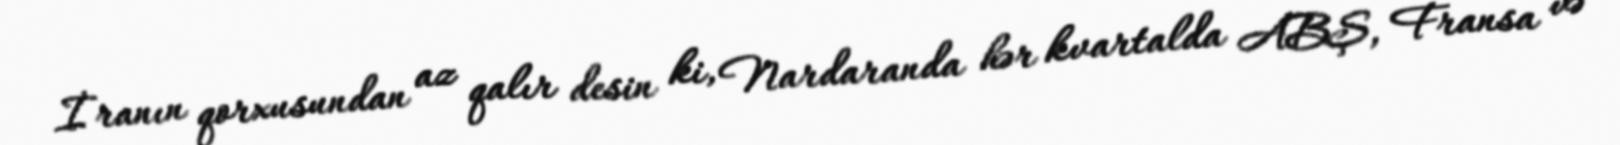
İranın qorxusundan az qalır desin ki, Nardaranda hər kvartalda ABŞ, Fransa və